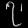
Digit: ၇